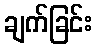
ချက်ခြင်း